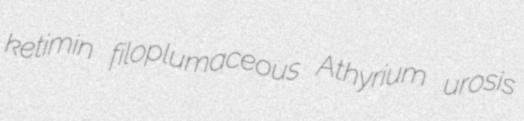
ketimin filoplumaceous Athyrium urosis